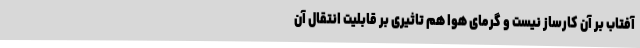
آفتاب بر آن کارساز نیست و گرمای هوا هم تاثیری بر قابلیت انتقال آن